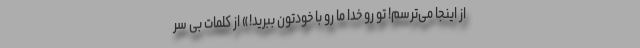
از اینجا می‌ترسم! تو رو خدا ما رو با خودتون ببرید!» از کلمات بی سر